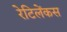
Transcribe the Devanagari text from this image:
रेटिलेंकस